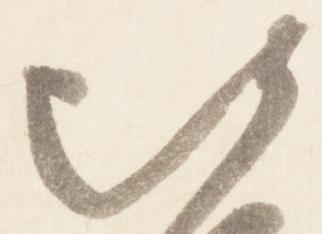
比